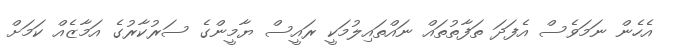
އެހެން ނަމަވެސް އެފަދަ ތަފާތުތައް ނައްތައިލުމަކީ ރައީސް ޔާމީންގެ ސަރުކާރުގެ އަމާޒެއް ކަމަށް